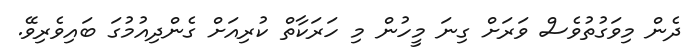
ދެން މިވަގުތުވެސް ވަރަށް ގިނަ މީހުން މި ހަރަކާތް ކުރިއަށް ގެންދިއުމުގަ ބައިވެރިވޭ.